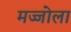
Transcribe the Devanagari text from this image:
मज्जोला